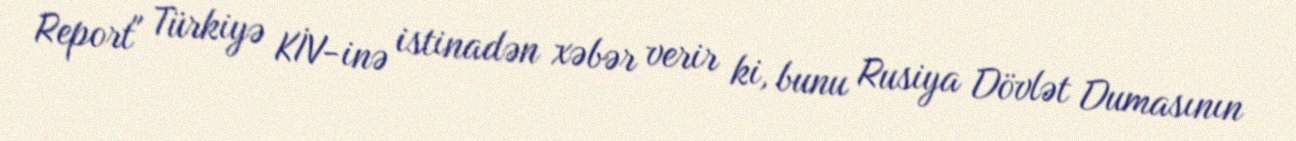
Report" Türkiyə KİV-inə istinadən xəbər verir ki, bunu Rusiya Dövlət Dumasının